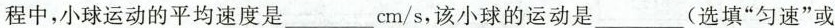
程中，小球运动的平均速度是___cm/s，该小球的运动是___(选填”匀速”或